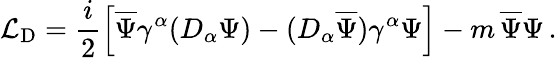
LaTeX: {\mathcal L}_{\mathrm{D}}=\frac{i}{2}\left[\overline{{{\Psi}}}\gamma^{\alpha}(D_{\alpha}\Psi)-(D_{\alpha}\overline{{{\Psi}}})\gamma^{\alpha}\Psi\right]-m\, \overline{{{\Psi}}}\Psi\, .